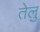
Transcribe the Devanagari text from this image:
तेलु